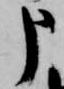
申